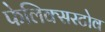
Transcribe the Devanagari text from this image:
फेलिक्सस्टोव